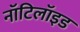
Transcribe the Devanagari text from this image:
नॉटिलॉइड